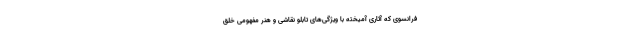
فرانسوی که آثاری آمیخته با ویژگی‌های تابلو نقاشی و هنر مفهومی خلق